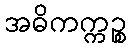
အဓိကက္ကဉ္စ